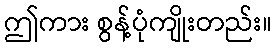
ဤကား စွန့်ပုံကျိုးတည်း။